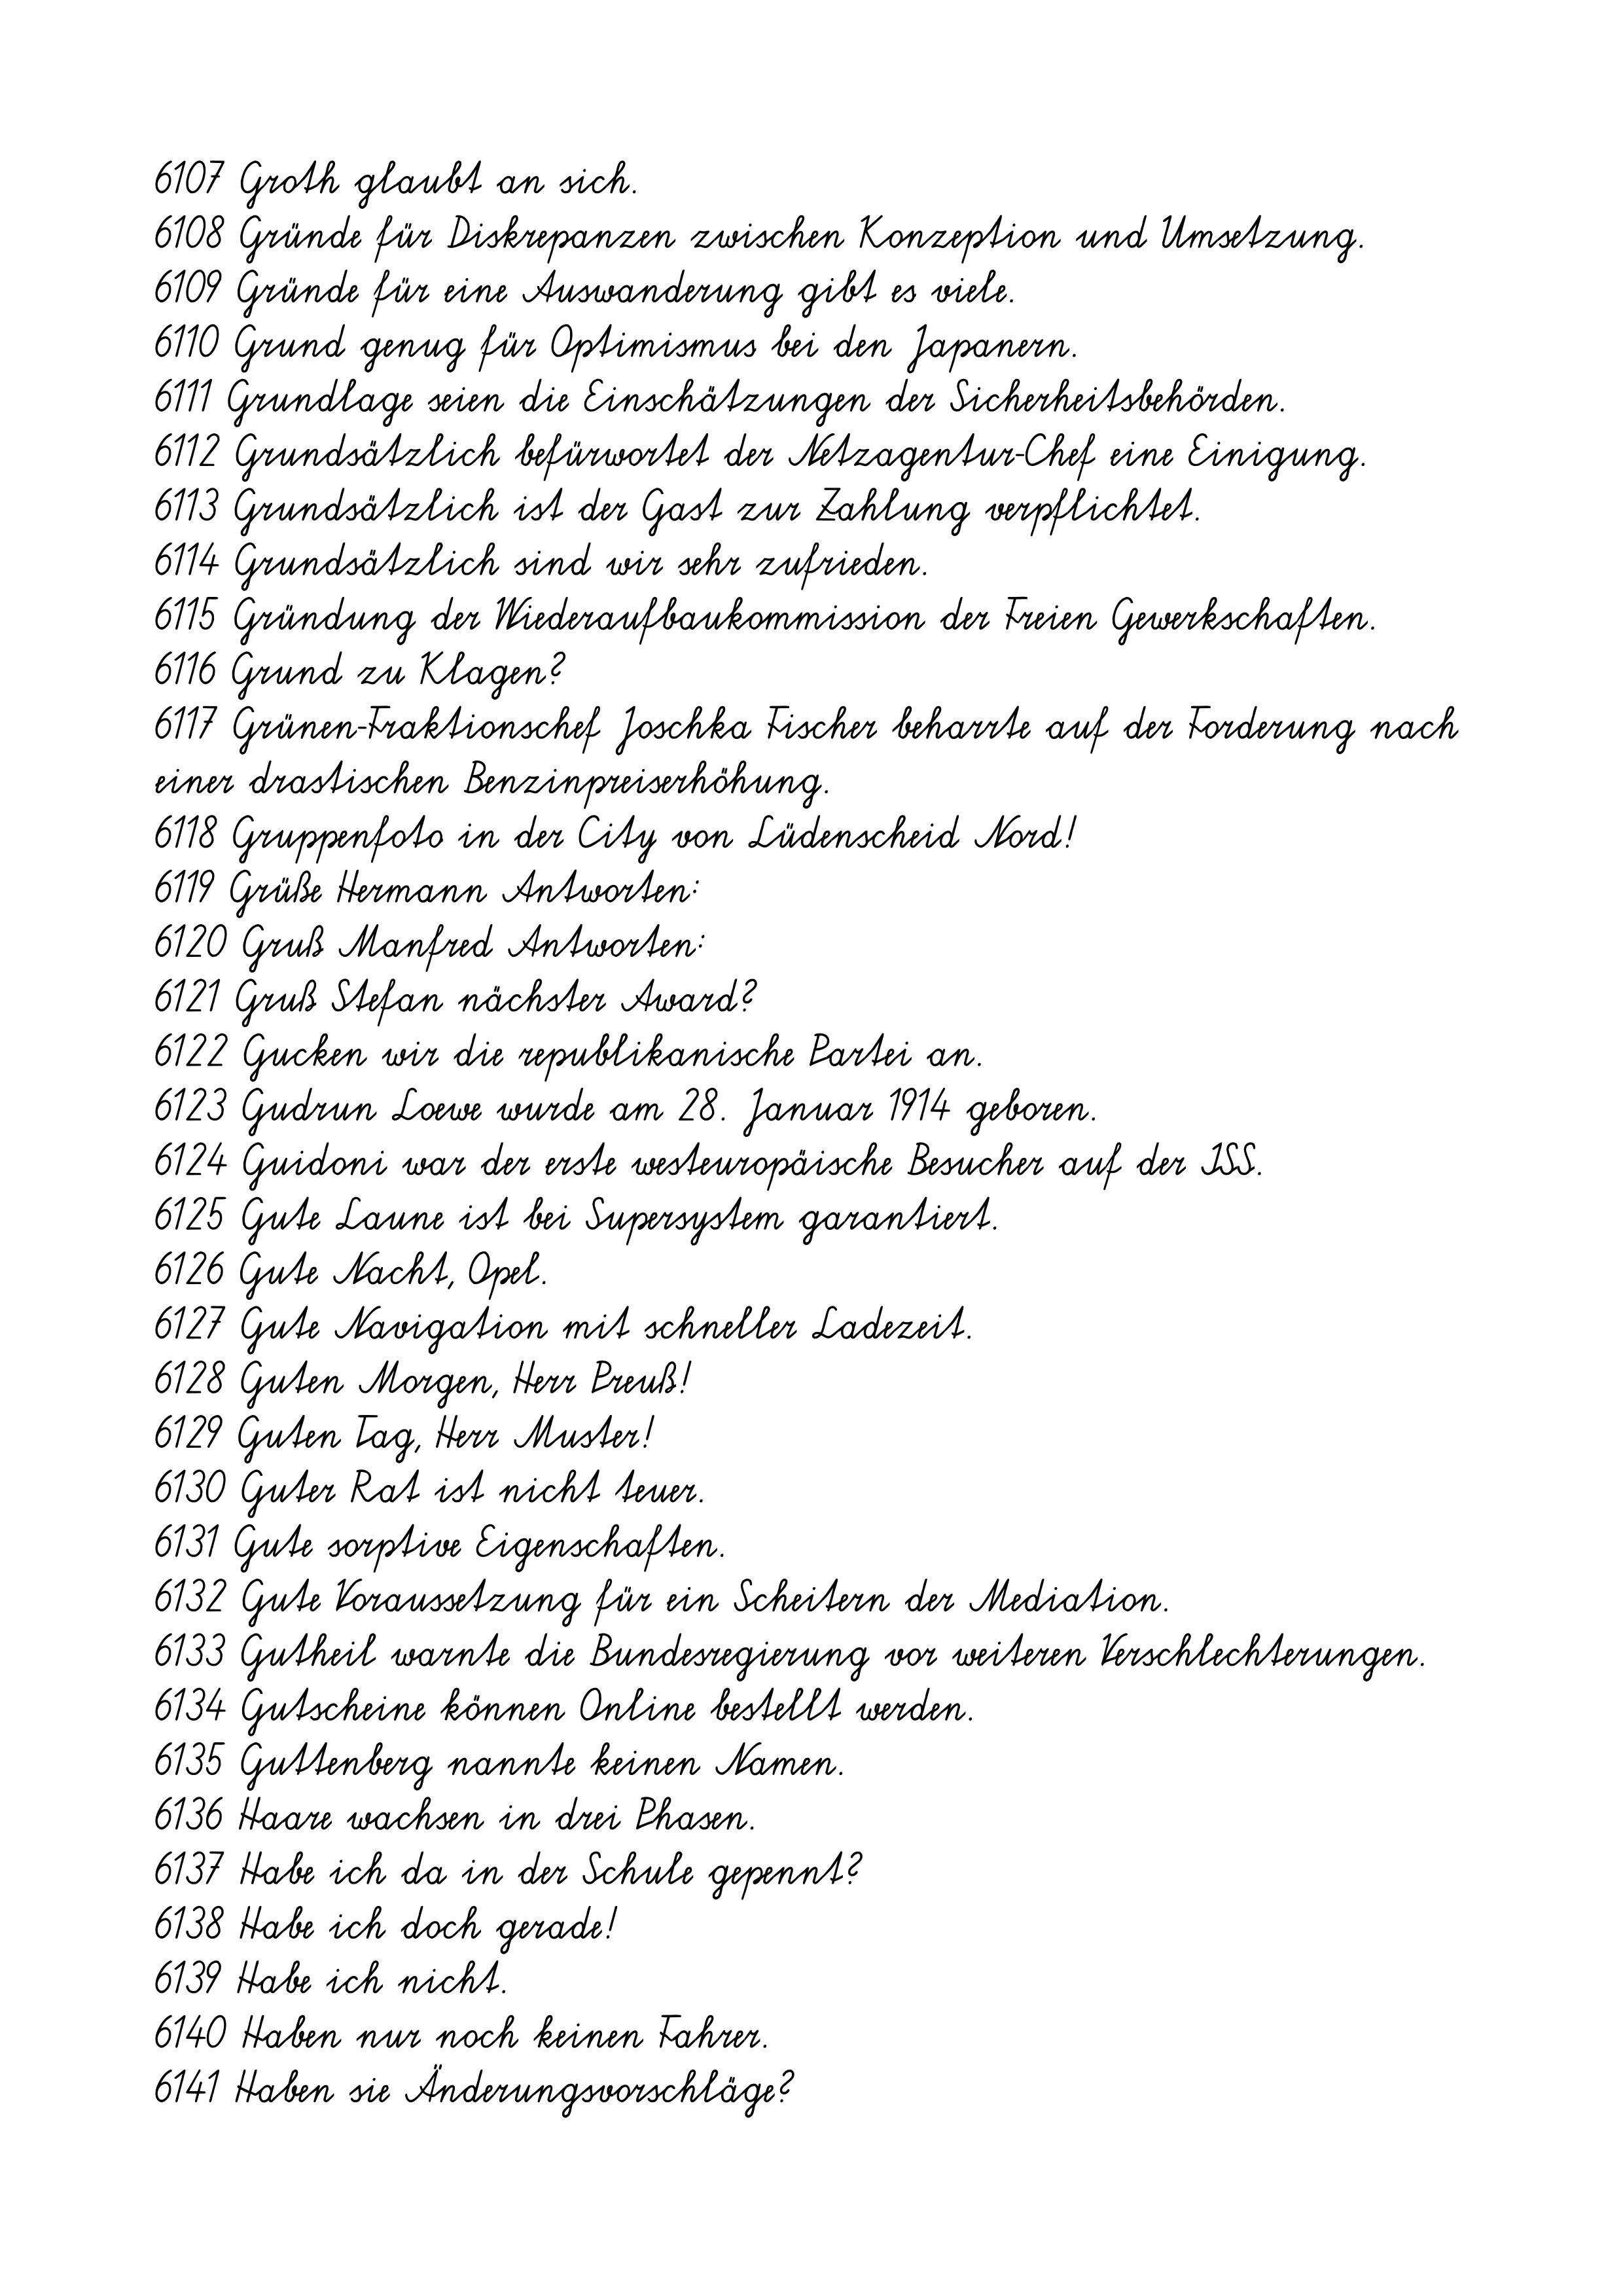
6107 Groth glaubt an sich.
6108 Gründe für Diskrepanzen zwischen Konzeption und Umsetzung.
6109 Gründe für eine Auswanderung gibt es viele.
6110 Grund genug für Optimismus bei den Japanern.
6111 Grundlage seien die Einschätzungen der Sicherheitsbehörden.
6112 Grundsätzlich befürwortet der Netzagentur-Chef eine Einigung.
6113 Grundsätzlich ist der Gast zur Zahlung verpflichtet.
6114 Grundsätzlich sind wir sehr zufrieden.
6115 Gründung der Wiederaufbaukommission der Freien Gewerkschaften.
6116 Grund zu Klagen?
6117 Grünen-Fraktionschef Joschka Fischer beharrte auf der Forderung nach
einer drastischen Benzinpreiserhöhung.
6118 Gruppenfoto in der City von Lüdenscheid Nord!
6119 Grüße Hermann Antworten:
6120 Gruß Manfred Antworten:
6121 Gruß Stefan nächster Award?
6122 Gucken wir die republikanische Partei an.
6123 Gudrun Loewe wurde am 28. Januar 1914 geboren.
6124 Guidoni war der erste westeuropäische Besucher auf der ISS.
6125 Gute Laune ist bei Supersystem garantiert.
6126 Gute Nacht, Opel.
6127 Gute Navigation mit schneller Ladezeit.
6128 Guten Morgen, Herr Preuß!
6129 Guten Tag, Herr Muster!
6130 Guter Rat ist nicht teuer.
6131 Gute sorptive Eigenschaften.
6132 Gute Voraussetzung für ein Scheitern der Mediation.
6133 Gutheil warnte die Bundesregierung vor weiteren Verschlechterungen.
6134 Gutscheine können Online bestellt werden.
6135 Guttenberg nannte keinen Namen.
6136 Haare wachsen in drei Phasen.
6137 Habe ich da in der Schule gepennt?
6138 Habe ich doch gerade!
6139 Habe ich nicht.
6140 Haben nur noch keinen Fahrer.
6141 Haben sie Änderungsvorschläge?